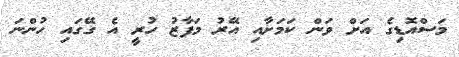
މަސްއޮޑިގެ އަށް ވަން ކަމަށާއި އޭރު މަފާޒު ހުރީ އެ ގޭގައި ހުންނަ